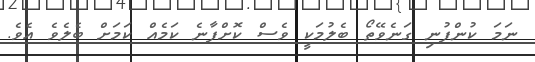
ނަމަ ކުންފުނި ގަނެވޭތޯ ބެލުމަކީ ވެސް ކޮށްފާނެ ކަމެއް ކަމަށް ބެލެވެ އެވެ.